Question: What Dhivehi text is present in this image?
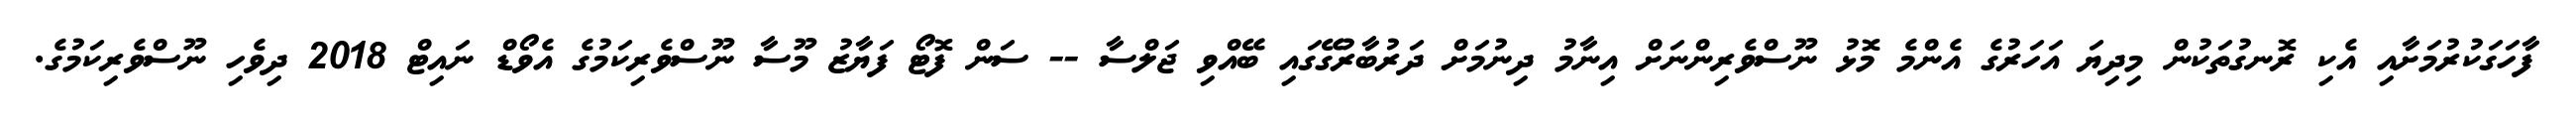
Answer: ފާހަގަކުރުމަށާއި އެކި ރޮނގުތަކުން މިދިޔަ އަހަރުގެ އެންމެ މޮޅު ނޫސްވެރިންނަށް އިނާމު ދިނުމަށް ދަރުބާރުގޭގައި ބޭއްވި ޖަލްސާ -- ސަން ފޮޓޯ ފަޔާޒު މޫސާ ނޫސްވެރިކަމުގެ އެވޯޑް ނައިޓް 2018 ދިވެހި ނޫސްވެރިކަމުގެ.